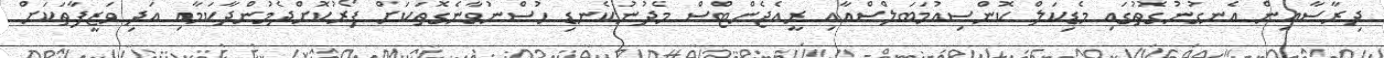
ދިރާސާއިން އެނގުނުގޮތުގައި މެޑިކަލް ކޮންސިއުމަބަލްސްއާއި ރީއެޖެންޓްސް މެދުނުކެނޑި ހުސްނުވާނެގޮތަކަށް ފޯރުކޮށްދެމުންދާކަމާއި އަދި ވަޒީފާތަކަށް